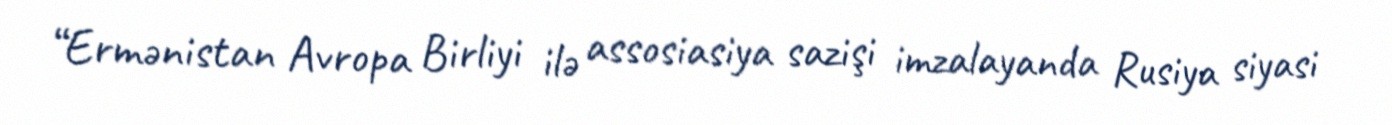
“Ermənistan Avropa Birliyi ilə assosiasiya sazişi imzalayanda Rusiya siyasi